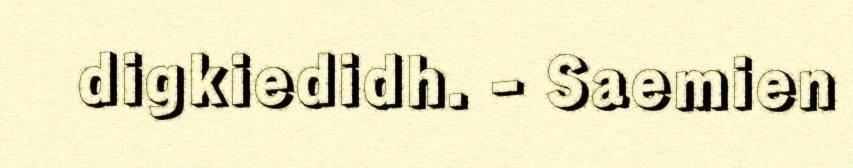
digkiedidh. - Saemien